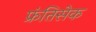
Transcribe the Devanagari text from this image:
फ्रंतिसेक